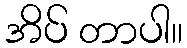
အိပ် တာပါ။